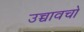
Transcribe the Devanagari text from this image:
उच्चावचो